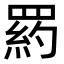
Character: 𦋥